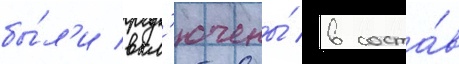
бы́л'и вкл'ючены́ в соста́в